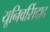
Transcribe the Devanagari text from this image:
यूनिवर्सिदाद